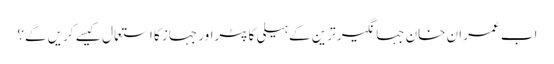
اب عمران خان جہانگیر ترین کے ہیلی کاپٹراور جہاز کا استعمال کیسے کریں گے؟